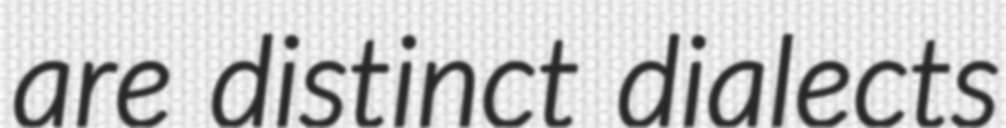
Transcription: are distinct dialects